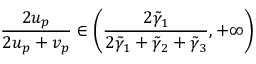
\frac { 2 u _ { p } } { 2 u _ { p } + v _ { p } } \in \left( \frac { 2 \tilde { \gamma } _ { 1 } } { 2 \tilde { \gamma } _ { 1 } + \tilde { \gamma } _ { 2 } + \tilde { \gamma } _ { 3 } } , + \infty \right)